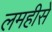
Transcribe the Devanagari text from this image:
लमहीसे